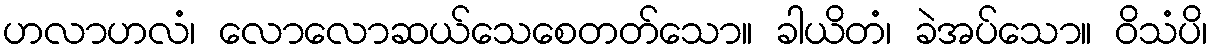
ဟလာဟလံ၊ လောလောဆယ်သေစေတတ်သော။ ခါယိတံ၊ ခဲအပ်သော။ ဝိသံပိ၊